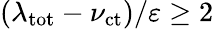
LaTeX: (\lambda_{\mathrm{tot}}-\nu_{\mathrm{ct}})/\varepsilon\geq 2